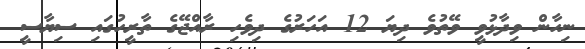
ނިހާން ވިދާޅުވީ ވޭތުވެ ދިޔަ 12 އަހަރުގެ ދިވެހި ރާއްޖޭގެ ތާރީހުގައި ސިޔާސީ